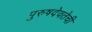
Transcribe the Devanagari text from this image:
पुरुषदेवतेची